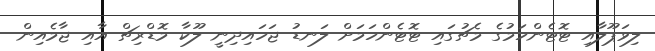
ލިވަޕޫލާއި ޓޮޓެންހަމުގެ މެޗުގައި ޓޮޓެންހަމަށް ލަނޑު ޖަހައިދިނީ ލޫކާ މޮޑްރިޗް އާއި ޖާމެއިން